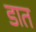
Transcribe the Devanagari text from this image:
डात